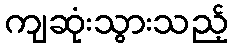
ကျဆုံးသွားသည့်